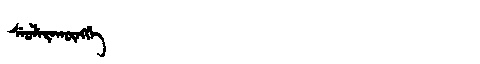
Manchu: ᠰᡝᠣᠯᡝᡵᠠᡴᡡᠩᡤᡝ
Romanization: SEOLERAKŪNGGE